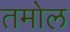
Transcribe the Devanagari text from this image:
तमोल